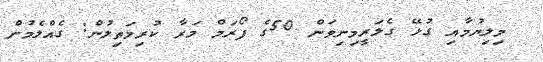
މިލިޔުމާއި ގުޅޭ ގެލަރީމިނިވަން 50ގެ ފޯރަމް މަރާ ކުރިމަތިލުން: ގެއްލެމުން